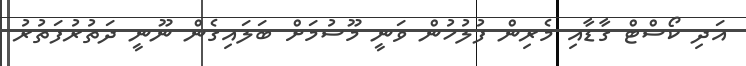
އަދި ކޯސްޓް ގާޑާއި މެރިން ފުލުހުން ވަނީ މޫސުމަށް ބަލައިގެން ނޫނީ ދަތުރުފަތުރު